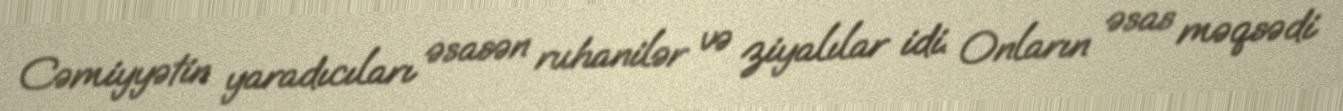
Cəmiyyətin yaradıcıları əsasən ruhanilər və ziyalılar idi. Onların əsas məqsədi